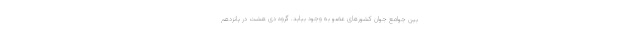
بین جوامع جوان کشور‌های عضو به وجود بیاید. گروه دی هشت در پانزدهم